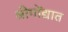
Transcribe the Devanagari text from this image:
श्रीगोंद्यात